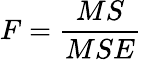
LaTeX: F=\frac{MS}{MSE}